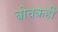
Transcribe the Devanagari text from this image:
बोचकही